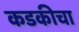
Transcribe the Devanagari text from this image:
कडकीचा